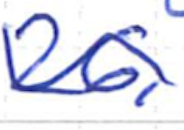
Text: 26,
Cross-out: wave
Writing tool: ballpoint